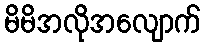
မိမိအလိုအလျောက်